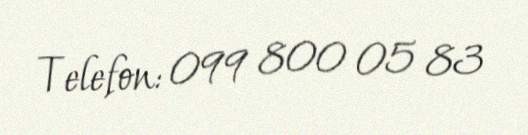
Telefon: 099 800 05 83